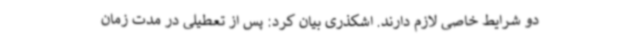
دو شرایط خاصی لازم دارند. اشکذری بیان کرد: پس از تعطیلی در مدت زمان